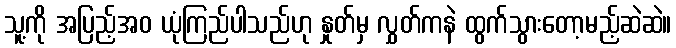
သူ့ကို အပြည့်အဝ ယုံကြည်ပါသည်ဟု နှုတ်မှ လွှတ်ကနဲ ထွက်သွားတော့မည့်ဆဲဆဲ။